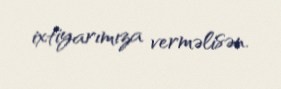
ixtiyarımıza verməlisən.